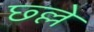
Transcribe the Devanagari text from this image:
छ्ल्ले